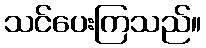
သင်ပေးကြသည်။